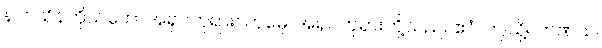
နာဂသိန်ကိုယ်တော်အရှင်ဘုရား။ တုမှေ၊ အရှင်ဘုရားတို့သည်။ ဧဝံ၊ ဤသို့။ ဘဏထ၊